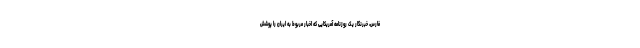
فارس، خبرنگار یک روزنامه آمریکایی که اخبار مربوط به ایران را پوشش